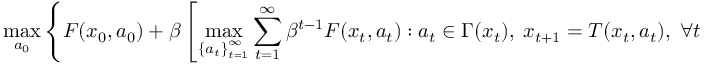
\operatorname* { m a x } _ { a _ { 0 } } \left\{ F ( x _ { 0 } , a _ { 0 } ) + \beta \left[ \operatorname* { m a x } _ { \left\{ a _ { t } \right\} _ { t = 1 } ^ { \infty } } \sum _ { t = 1 } ^ { \infty } \beta ^ { t - 1 } F ( x _ { t } , a _ { t } ) : a _ { t } \in \Gamma ( x _ { t } ) , \; x _ { t + 1 } = T ( x _ { t } , a _ { t } ) , \; \forall t \geq 1 \right] \right\}